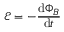
{ \mathcal { E } } = - { \frac { \mathrm { d } \Phi _ { B } } { \mathrm { d } t } }